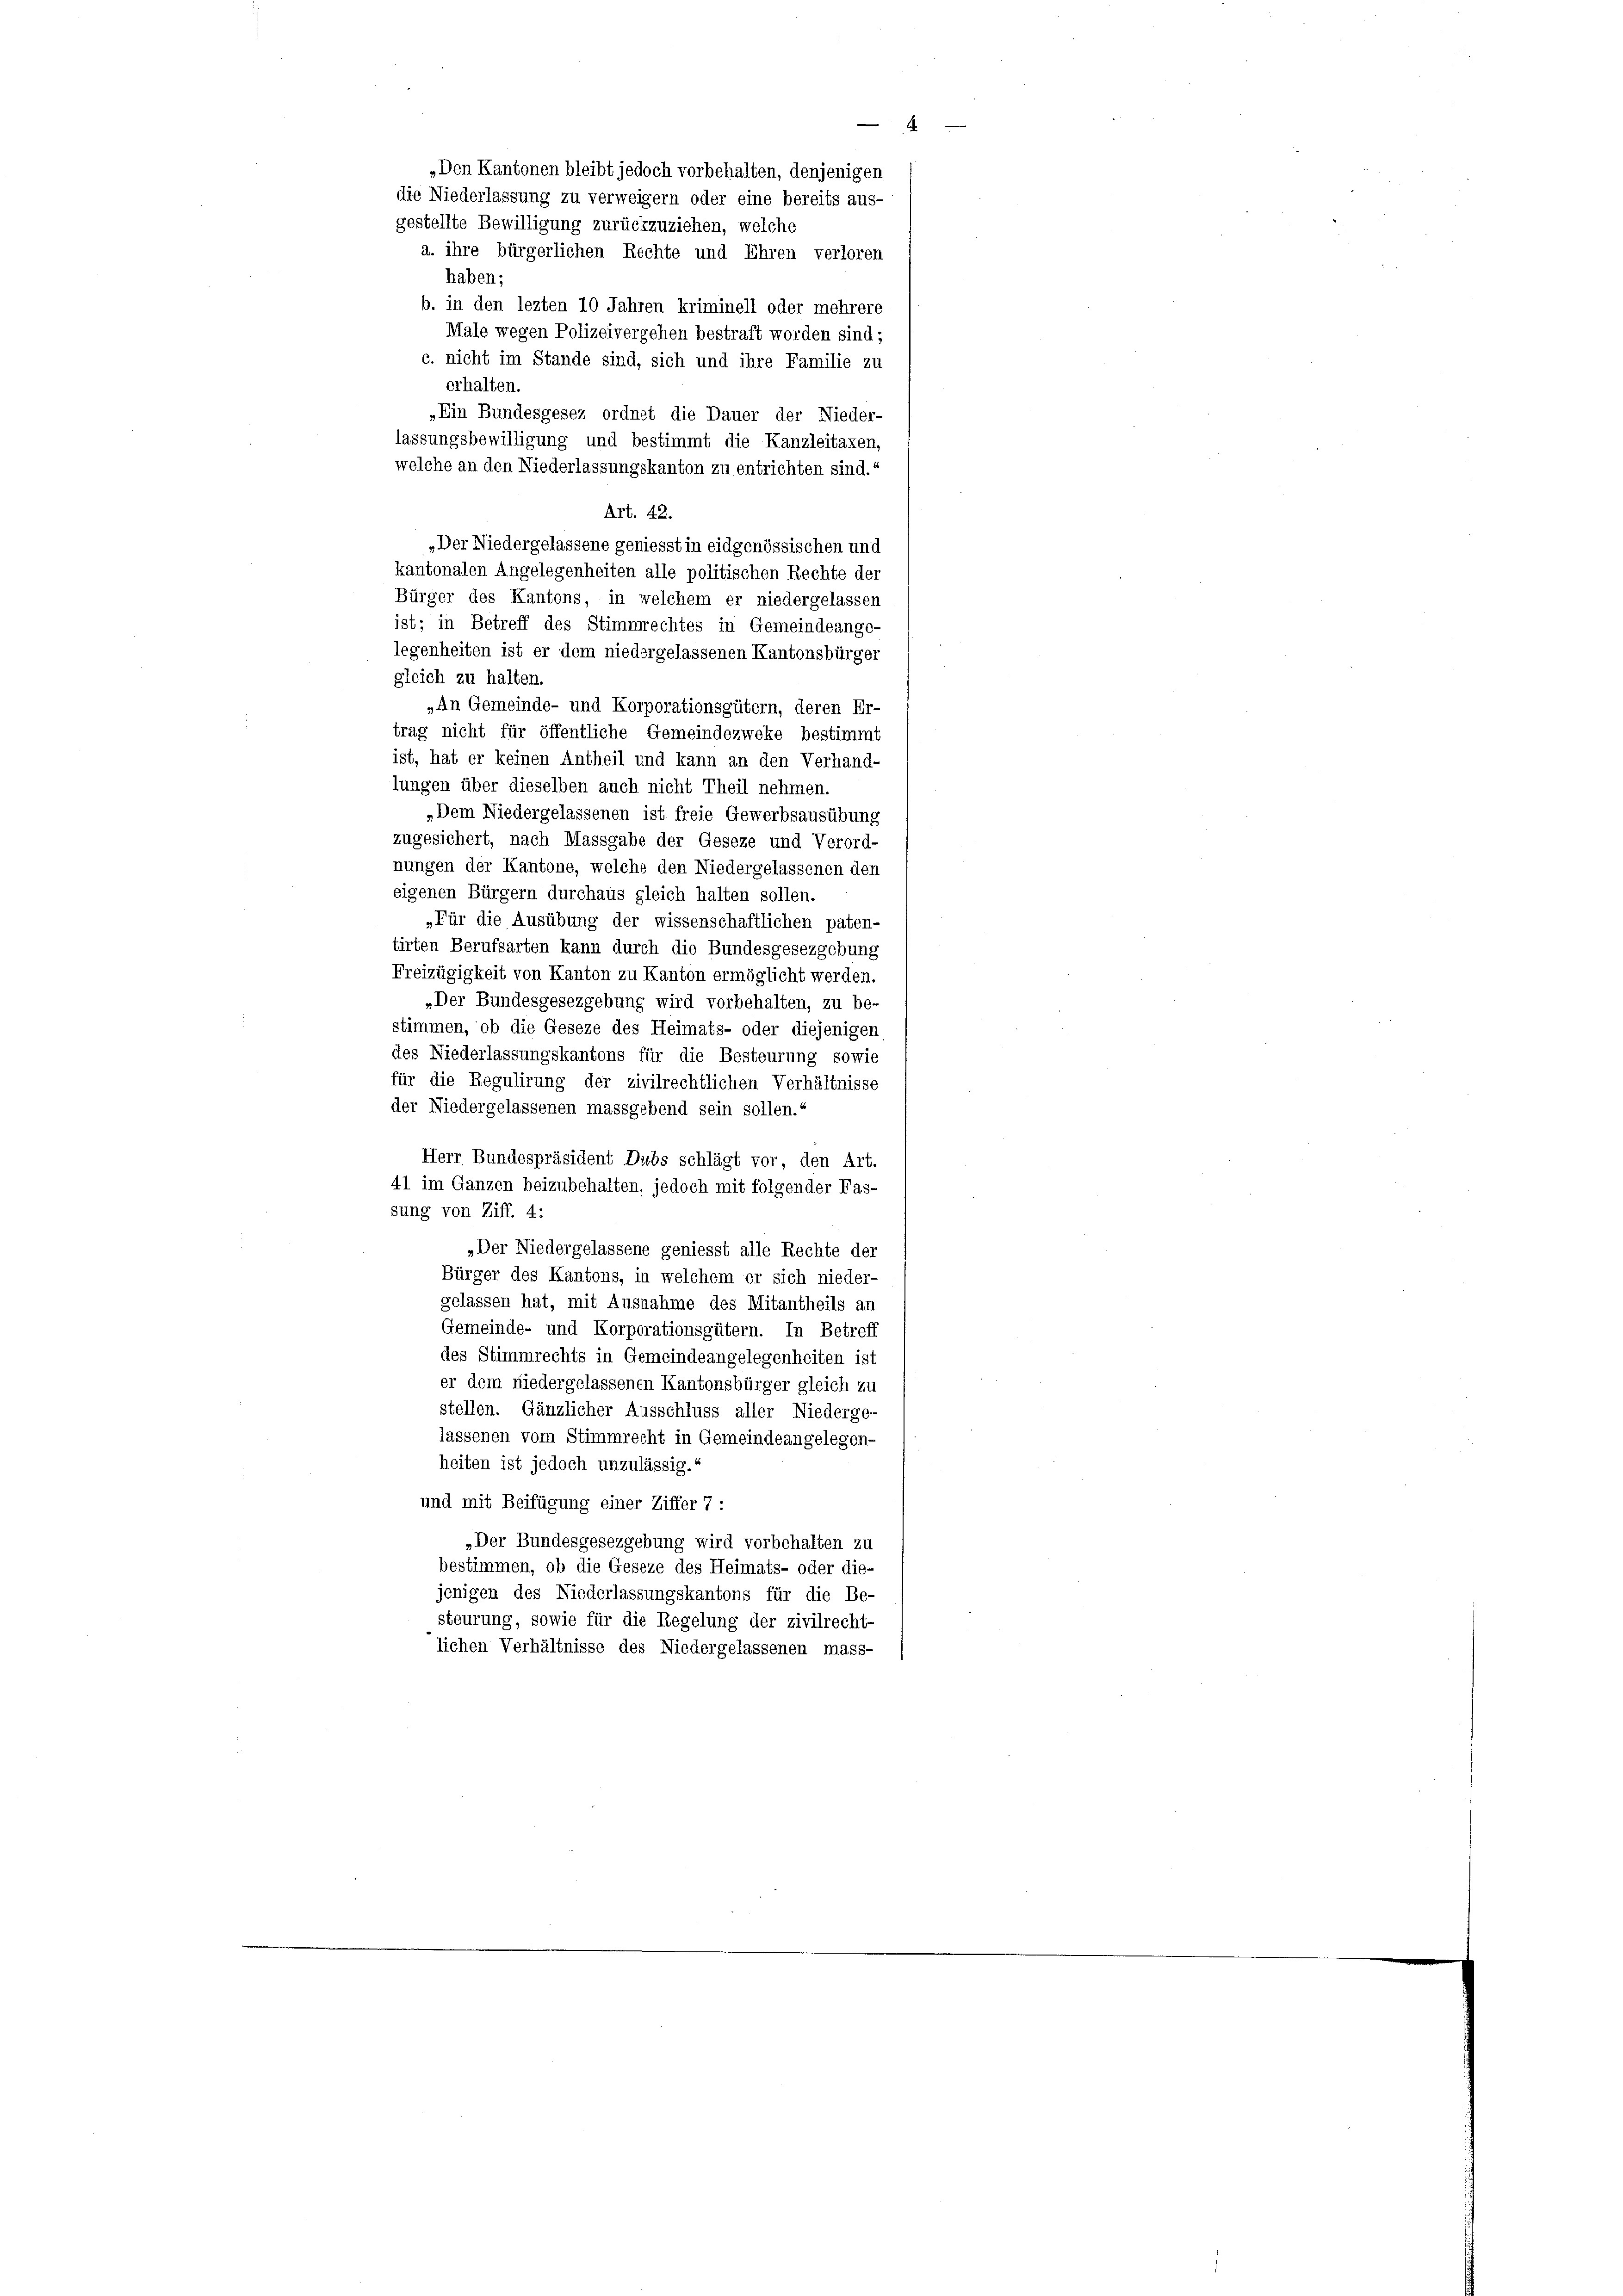
haben;

Male wegen Polizeivergehen bestraft worden sind;
c. nicht im Stande sind, sich und ihre Familie zu
erhalten.
„Ein Bundesgesez ordnet die Dauer der Nieder-
lassungsbewilligung und bestimmt die Kanzleitaxen,
welche an den Niederlassungskanton zu entrichten sind.“
Art. 42.
„Der Niedergelassene geniesst in eidgenössischen und
kantonalen Angelegenheiten alle politischen Rechte der
Bürger des Kantons, in welchem er niedergelassen
ist; in Betreff des Stimmrechtes in Gemeindeange-
legenheiten ist er dem niedergelassenen Kantonsbürger
gleich zu halten.
„An Gemeinde- und Korporationsgütern, deren Er-
trag nicht für öffentliche Gemeindezweke bestimmt
ist, hat er keinen Antheil und kann an den Verhand-
lungen über dieselben auch nicht Theil nehmen.
„Dem Niedergelassenen ist freie Gewerbsausübung
zugesichert, nach Massgabe der Geseze und Verord-
nungen der Kantone, welche den Niedergelassenen den
eigenen Bürgern durchaus gleich halten sollen.
»Für die Ausübung der wissenschaftlichen paten-
tirten Berufsarten kann durch die Bundesgesezgebung
Freizügigkeit von Kanton zu Kanton ermöglicht werden.
„Der Bundesgesezgebung wird vorbehalten, zu be-
stimmen, ob die Geseze des Heimats- oder diejenigen
des Niederlassungskantons für die Besteurung sowie
für die Regulirung der zivilrechtlichen Verhältnisse
der Niedergelassenen massgebend sein sollen.“
Herr Bundespräsident Dubs schlägt vor, den Art.
41 im Ganzen beizubehalten, jedoch mit folgender Fas-
sung von Ziff. 4:
„Der Niedergelassene geniesst alle Rechte der
Bürger des Kantons, in welchem er sich nieder-
gelassen hat, mit Ausnahme des Mitantheils an
Gemeinde- und Korporationsgütern. In Betreff
des Stimmrechts in Gemeindeangelegenheiten ist
er dem niedergelassenen Kantonsbürger gleich zu
stellen. Gänzlicher Ausschluss aller Niederge-
lassenen vom Stimmrecht in Gemeindeangelegen-
heiten ist jedoch unzulässig.“
und mit Beifügung einer Ziffer 7 :
„Der Bundesgesezgebung wird vorbehalten zu
bestimmen, ob die Geseze des Heimats- oder die-
jenigen des Niederlassungskantons für die Be-
steurung, sowie für die Regelung der zivilrecht-
lichen Verhältnisse des Niedergelassenen mass-

„Den Kantonen bleibt jedoch vorbehalten, denjenigen
die Niederlassung zu verweigern oder eine bereits aus-
gestellte Bewilligung zurückzuziehen, welche
a. ihre bürgerlichen Rechte und Ehren verloren

b. in den lezten 10 Jahren kriminell oder mehrere